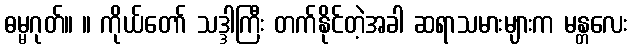
ဓမ္မဂုတ်။ ။ ကိုယ်တော် သဒ္ဒါကြီး တက်နိုင်တဲ့အခါ ဆရာသမားများက မန္တလေး